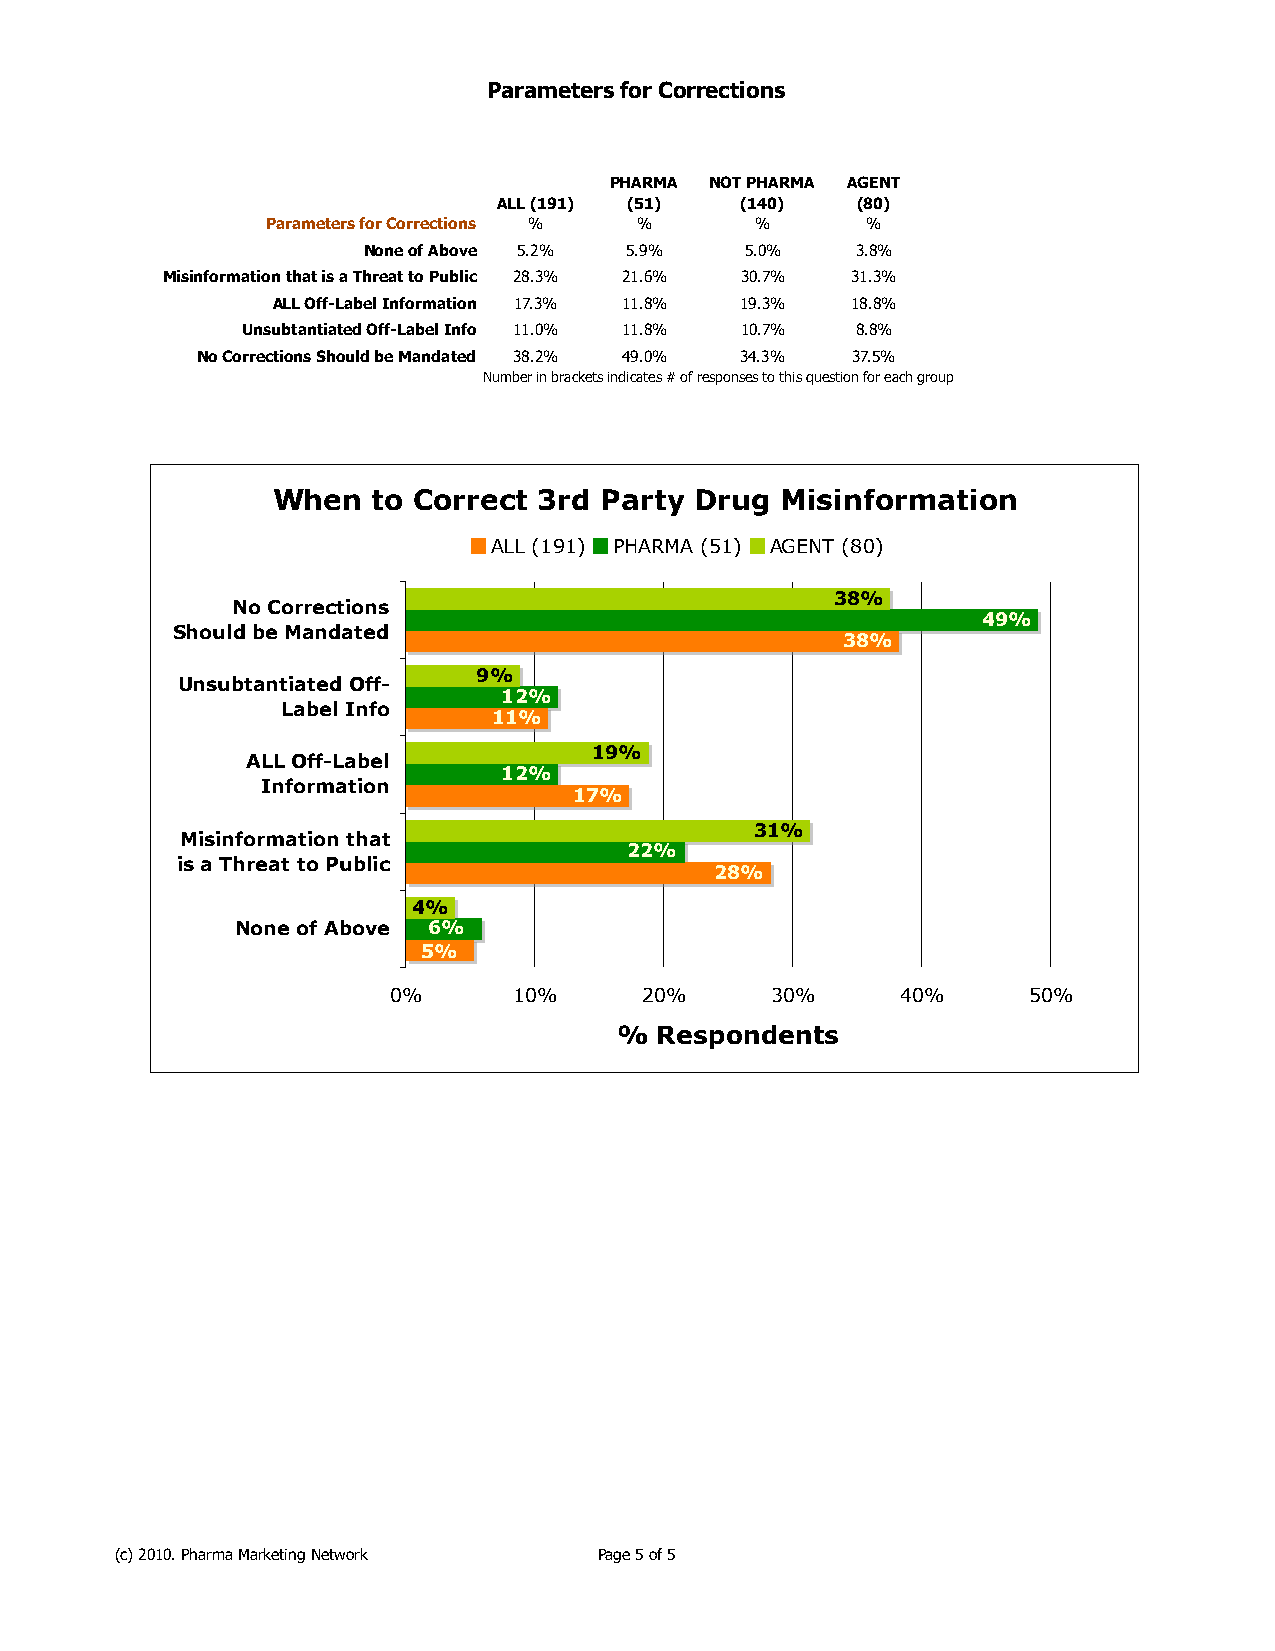
Parameters for Corrections
 PHARMA NOT PHARMA AGENT
 ALL (191) (51)  (140)   (80)
 Parameters for Corrections % %  %      %
 None of Above 5.2% 5.9%  5.0%    3.8%
 Misinformation that is a Threat to Public 28.3% 21.6% 30.7% 31.3%
 ALL Off-Label Information 17.3% 11.8% 19.3% 18.8%
 Unsubtantiated Off-Label Info 11.0% 11.8% 10.7% 8.8%
 No Corrections Should be Mandated 38.2% 49.0% 34.3% 37.5%
 Number in brackets indicates # of responses to this question for each group
 When   to Correct 3rd Party Drug  Misinformation
 ALL (191) PHARMA (51) AGENT (80)
 38%
 No Corrections
 49%
 Should be Mandated
 38%
 9%
 Unsubtantiated Off-
 12%
 Label Info
 11%
 19%
 ALL Off-Label
 12%
 Information
 17%
 31%
 Misinformation that
 22%
 is a Threat to Public
 28%
 4%
 None of Above 6%
 5%
 0%      10%     20%      30%      40%     50%
 %  Respondents
 (c) 2010. Pharma Marketing Network Page 5 of 5